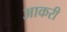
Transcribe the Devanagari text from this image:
आकरी